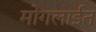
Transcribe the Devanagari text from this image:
मोगलाईत